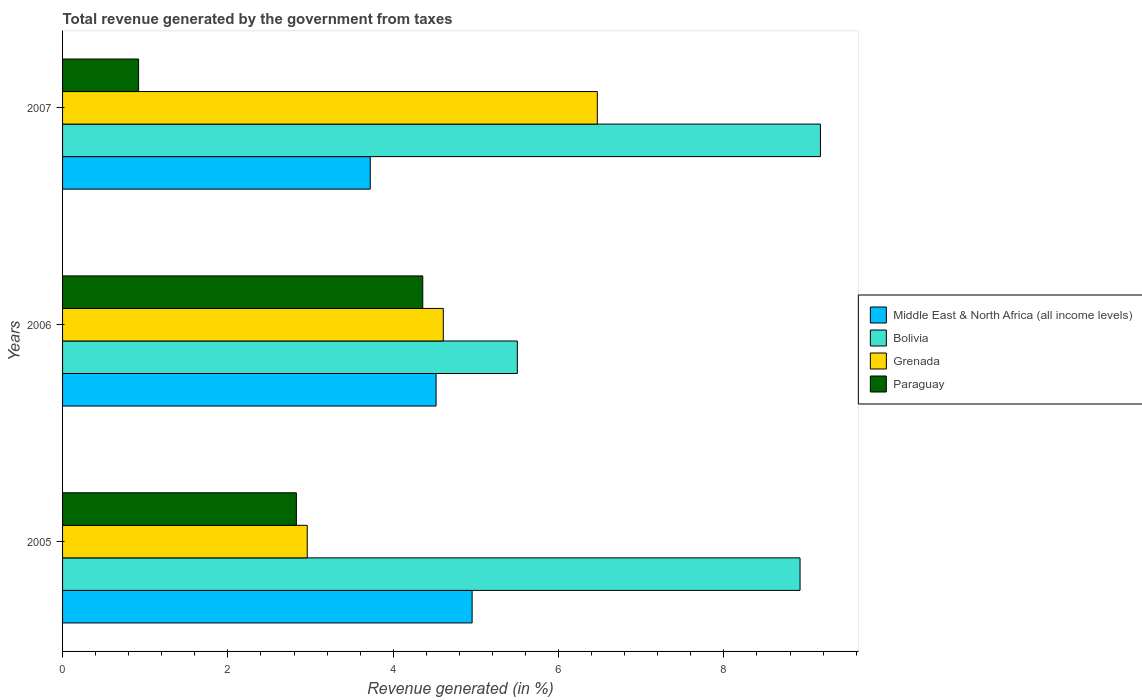
| Years | Middle East & North Africa (all income levels) | Bolivia | Grenada | Paraguay |
 | --- | --- | --- | --- | --- |
 | 2005 | 4.95 | 8.92 | 2.96 | 2.83 |
 | 2006 | 4.52 | 5.5 | 4.61 | 4.36 |
 | 2007 | 3.72 | 9.17 | 6.47 | 0.92 |